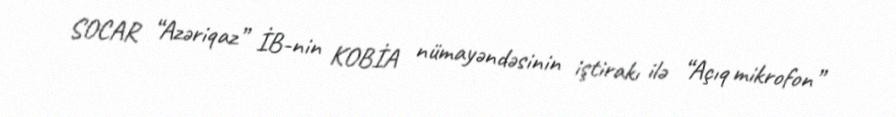
SOCAR “Azəriqaz” İB-nin KOBİA nümayəndəsinin iştirakı ilə “Açıq mikrofon”